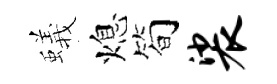
蟻熄简裟